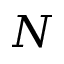
N